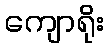
ကျောရိုး